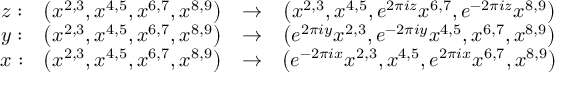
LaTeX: \begin{array} { c c c c } { { z : } } & { { \left( x ^ { 2 , 3 } , x ^ { 4 , 5 } , x ^ { 6 , 7 } , x ^ { 8 , 9 } \right) } } & { { \to } } & { { \left( x ^ { 2 , 3 } , x ^ { 4 , 5 } , e ^ { 2 \pi i z } x ^ { 6 , 7 } , e ^ { - 2 \pi i z } x ^ { 8 , 9 } \right) } } \\ { { y : } } & { { \left( x ^ { 2 , 3 } , x ^ { 4 , 5 } , x ^ { 6 , 7 } , x ^ { 8 , 9 } \right) } } & { { \to } } & { { \left( e ^ { 2 \pi i y } x ^ { 2 , 3 } , e ^ { - 2 \pi i y } x ^ { 4 , 5 } , x ^ { 6 , 7 } , x ^ { 8 , 9 } \right) } } \\ { { x : } } & { { \left( x ^ { 2 , 3 } , x ^ { 4 , 5 } , x ^ { 6 , 7 } , x ^ { 8 , 9 } \right) } } & { { \to } } & { { \left( e ^ { - 2 \pi i x } x ^ { 2 , 3 } , x ^ { 4 , 5 } , e ^ { 2 \pi i x } x ^ { 6 , 7 } , x ^ { 8 , 9 } \right) } } \end{array}